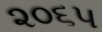
૨૦૬૫